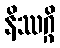
နိဿဂ္ဂိ